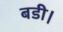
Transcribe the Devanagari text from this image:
बडी।